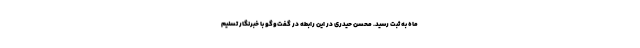
ماه به ثبت رسید. محسن حیدری در این رابطه در گفت‌وگو با خبرنگار تسنیم